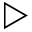
\triangleright